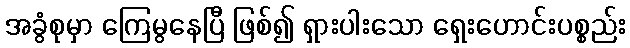
အခွံစုမှာ ကြေမွနေပြီ ဖြစ်၍ ရှားပါးသော ရှေးဟောင်းပစ္စည်း